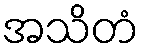
အသိတံ